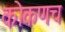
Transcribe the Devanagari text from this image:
कोकणच